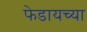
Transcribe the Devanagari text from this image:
फेडायच्या